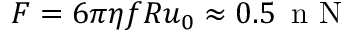
F = 6 \pi \eta f R u _ { 0 } \approx 0 . 5 \, \mathrm { ~ n ~ N ~ }